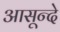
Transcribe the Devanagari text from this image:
आसून्दे